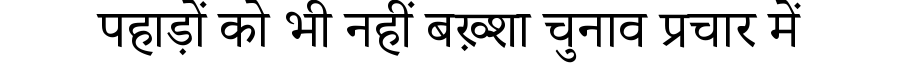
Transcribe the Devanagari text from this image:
पहाड़ों को भी नहीं बख़्शा चुनाव प्रचार में